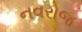
નવરોજ